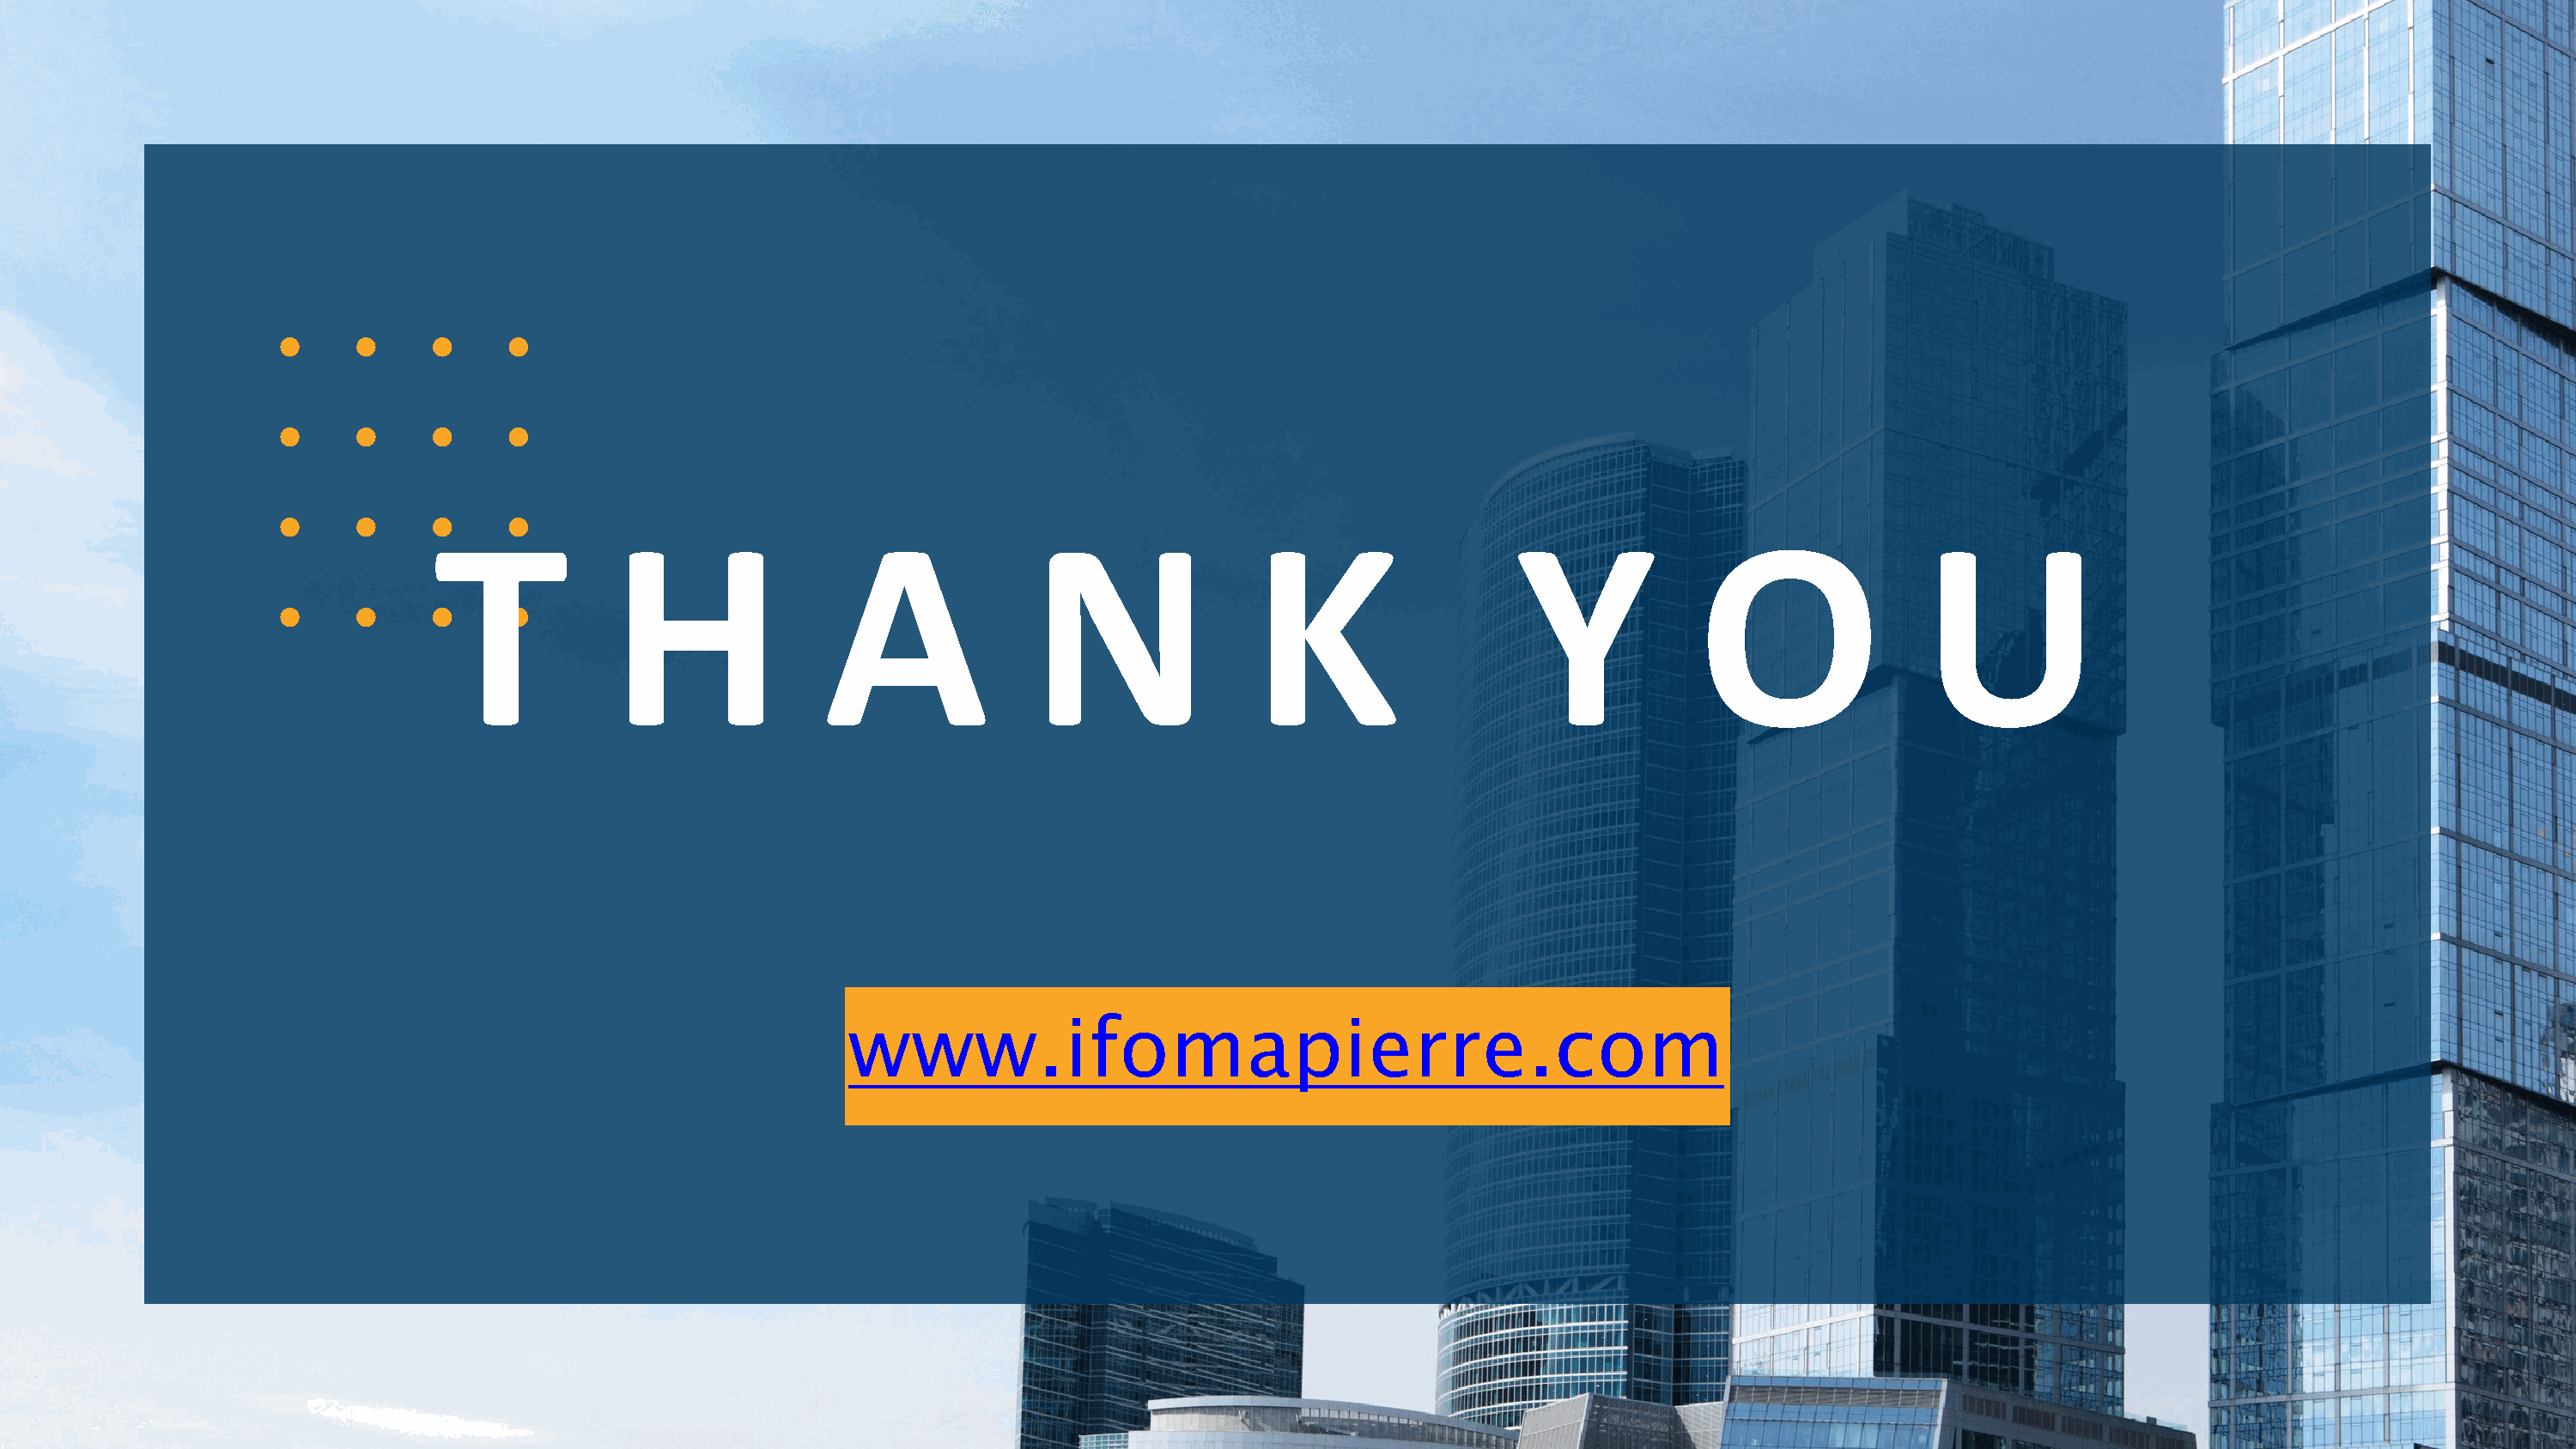
T             H                A              N                 K                   Y             O                U
 www.ifomapierre.com